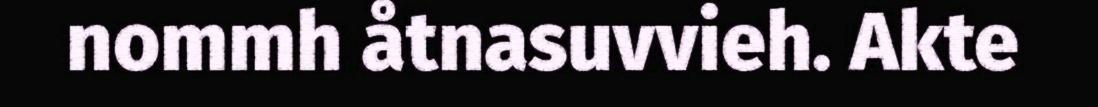
nommh åtnasuvvieh. Akte